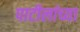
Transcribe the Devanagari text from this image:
पाटीलांच्या